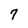
Character: 7